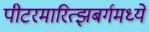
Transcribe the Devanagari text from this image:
पीटरमारित्झबर्गमध्ये